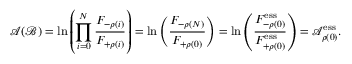
\mathcal { A } ( \mathcal { B } ) = \ln \left( \prod _ { i = 0 } ^ { N } \frac { F _ { - \rho ( i ) } } { F _ { + \rho ( i ) } } \right) = \ln \left( \frac { F _ { { - \rho } ( N ) } } { F _ { { + \rho ( 0 ) } } } \right) = \ln \left( \frac { F _ { { - \rho } ( 0 ) } ^ { \mathrm { e s s } } } { F _ { { + \rho ( 0 ) } } ^ { \mathrm { e s s } } } \right) = \mathcal { A } _ { \rho ( 0 ) } ^ { \mathrm { e s s } } .